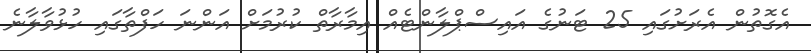
އެގޮތުން އެރަށުގައި 25 ޓަނުގެ އައިސްޕްލާންޓެއް އިމާރާތް ކުރުމަށް އަންނަ ހަފްތާގައި ހުޅުވާލާނެ